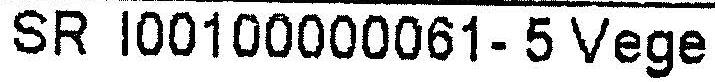
SR I00100000061-5 VEGE